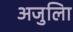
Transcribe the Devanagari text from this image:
अजुलिा